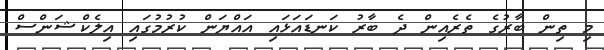
މި ތިން ބާރުގެ ތެރެއިން ދެ ބާރު ކަނޑައަޅައި އައްޔަން ކުރުމުގައި އިލެކްޝަންސް